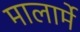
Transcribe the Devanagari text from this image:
मालार्मे